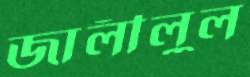
জালীলুল